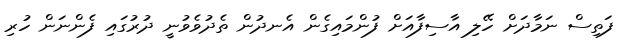
ފަތިސް ނަމާދަށް ހޭލި އާސިފާއަށް ފުންމައިގެން އެނދުން ތެދުވެވުނީ ދުރުގައި ފެންނަން ހުރި